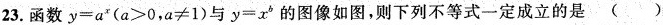
23. 函数$$y=a^{x}(a≥0,a≠1)$$与 $$y=x^{b}$$的图像如图，则下列不等式一定成立的是( )